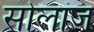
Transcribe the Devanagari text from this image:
सोलांज